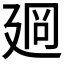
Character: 𢌡